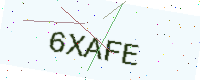
Text: 6XAFE